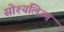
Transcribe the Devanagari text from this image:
सोश्यलिज़्म